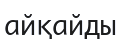
айқайды